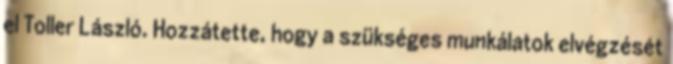
el Toller László. Hozzátette, hogy a szükséges munkálatok elvégzését